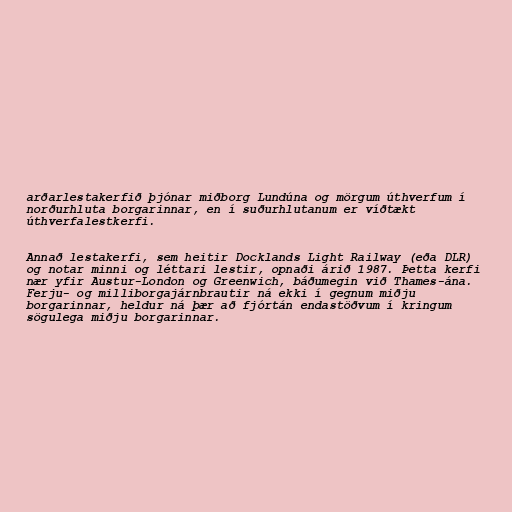
arðarlestakerfið þjónar miðborg Lundúna og mörgum úthverfum í
norðurhluta borgarinnar, en í suðurhlutanum er víðtækt
úthverfalestkerfi.

Annað lestakerfi, sem heitir Docklands Light Railway (eða DLR)
og notar minni og léttari lestir, opnaði árið 1987. Þetta kerfi
nær yfir Austur-London og Greenwich, báðumegin við Thames-ána.
Ferju- og milliborgajárnbrautir ná ekki í gegnum miðju
borgarinnar, heldur ná þær að fjórtán endastöðvum í kringum
sögulega miðju borgarinnar.